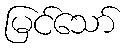
မြင်သော်